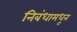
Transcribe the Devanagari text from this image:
निबंधामधून